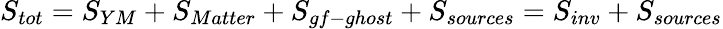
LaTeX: S_{tot}=S_{YM}+S_{Matter}+S_{gf-ghost}+S_{sources}=S_{inv}+S_{sources}